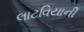
લાટવિયાની